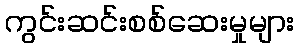
ကွင်းဆင်းစစ်ဆေးမှုများ